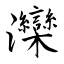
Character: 灤